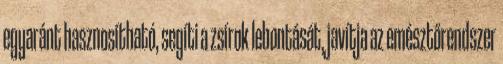
egyaránt hasznosítható, segíti a zsírok lebontását, javítja az emésztőrendszer